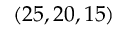
( 2 5 , 2 0 , 1 5 )